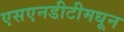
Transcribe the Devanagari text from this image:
एसएनडीटीमधून